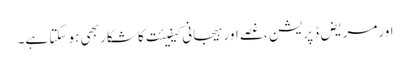
اورمریض ڈپریشن ،غصے اور ہیجانی کیفیئت کا شکار بھی ہو سکتا ہے۔